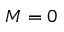
M = 0